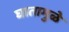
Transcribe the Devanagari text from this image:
घातामुळे